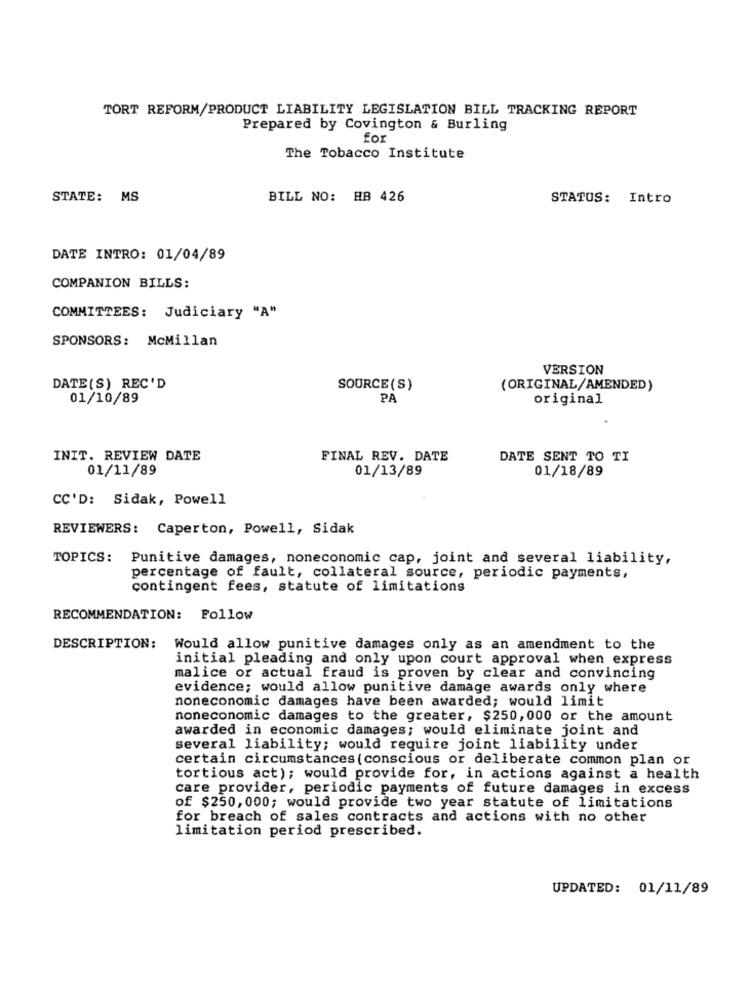
TORT REFORM/PRODUCT LIABILITY LEGISLATION BILL TRACKING REPORT
Prepared by Covington & Burling
for
The Tobacco Institute
STATE: MS
BILL NO: HB 426
STATUS: Intro
DATE INTRO: 01/04/89
COMPANION BILLS:
COMMITTEES: Judiciary "A"
SPONSORS: McMillan
VERSION
DATE (S) REC'D
SOURCE (S)
(ORIGINAL/AMENDED)
01/10/89
PA
original
INIT. REVIEW DATE
FINAL REV. DATE
DATE SENT TO TI
01/11/89
01/13/89
01/18/89
CC'D: Sidak, Powell
REVIEWERS: Caperton, Powell, Sidak
TOPICS: Punitive damages, noneconomic cap, joint and several liability,
percentage of fault, collateral source, periodic payments,
contingent fees, statute of limitations
RECOMMENDATION: Follow
DESCRIPTION:
Would allow punitive damages only as an amendment to the
initial pleading and only upon court approval when express
malice or actual fraud is proven by clear and convincing
evidence; would allow punitive damage awards only where
noneconomic damages have been awarded; would limit
noneconomic damages to the greater, $250,000 or the amount
awarded in economic damages; would eliminate joint and
several liability; would require joint liability under
certain circumstances (conscious or deliberate common plan or
tortious act); would provide for, in actions against a health
care provider, periodic payments of future damages in excess
of $250, 000; would provide two year statute of limitations
for breach of sales contracts and actions with no other
limitation period prescribed.
UPDATED: 01/11/89